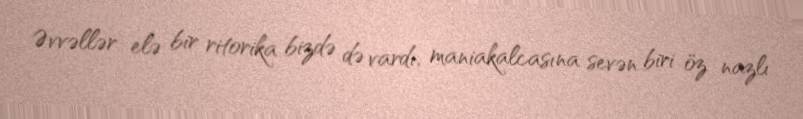
Əvvəllər elə bir ritorika bizdə də vardı, maniakalcasına sevən biri öz nazlı